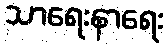
သာရေးနာရေး